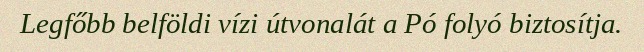
Legfőbb belföldi vízi útvonalát a Pó folyó biztosítja.